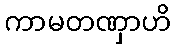
ကာမတဏှာဟိ